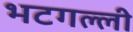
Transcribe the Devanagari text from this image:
भटगल्ली